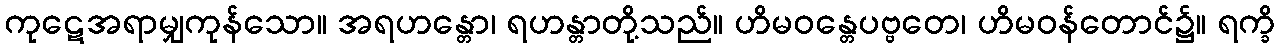
ကုဋေအရာမျှကုန်သော။ အရဟန္တော၊ ရဟန္တာတို့သည်။ ဟိမဝန္တေပဗ္ဗတေ၊ ဟိမဝန်တောင်၌။ ရက္ခိ